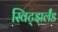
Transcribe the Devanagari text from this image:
स्विट्झर्लंड